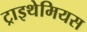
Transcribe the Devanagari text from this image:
ट्राइथेमियस